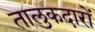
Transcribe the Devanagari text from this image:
तालुकदारों